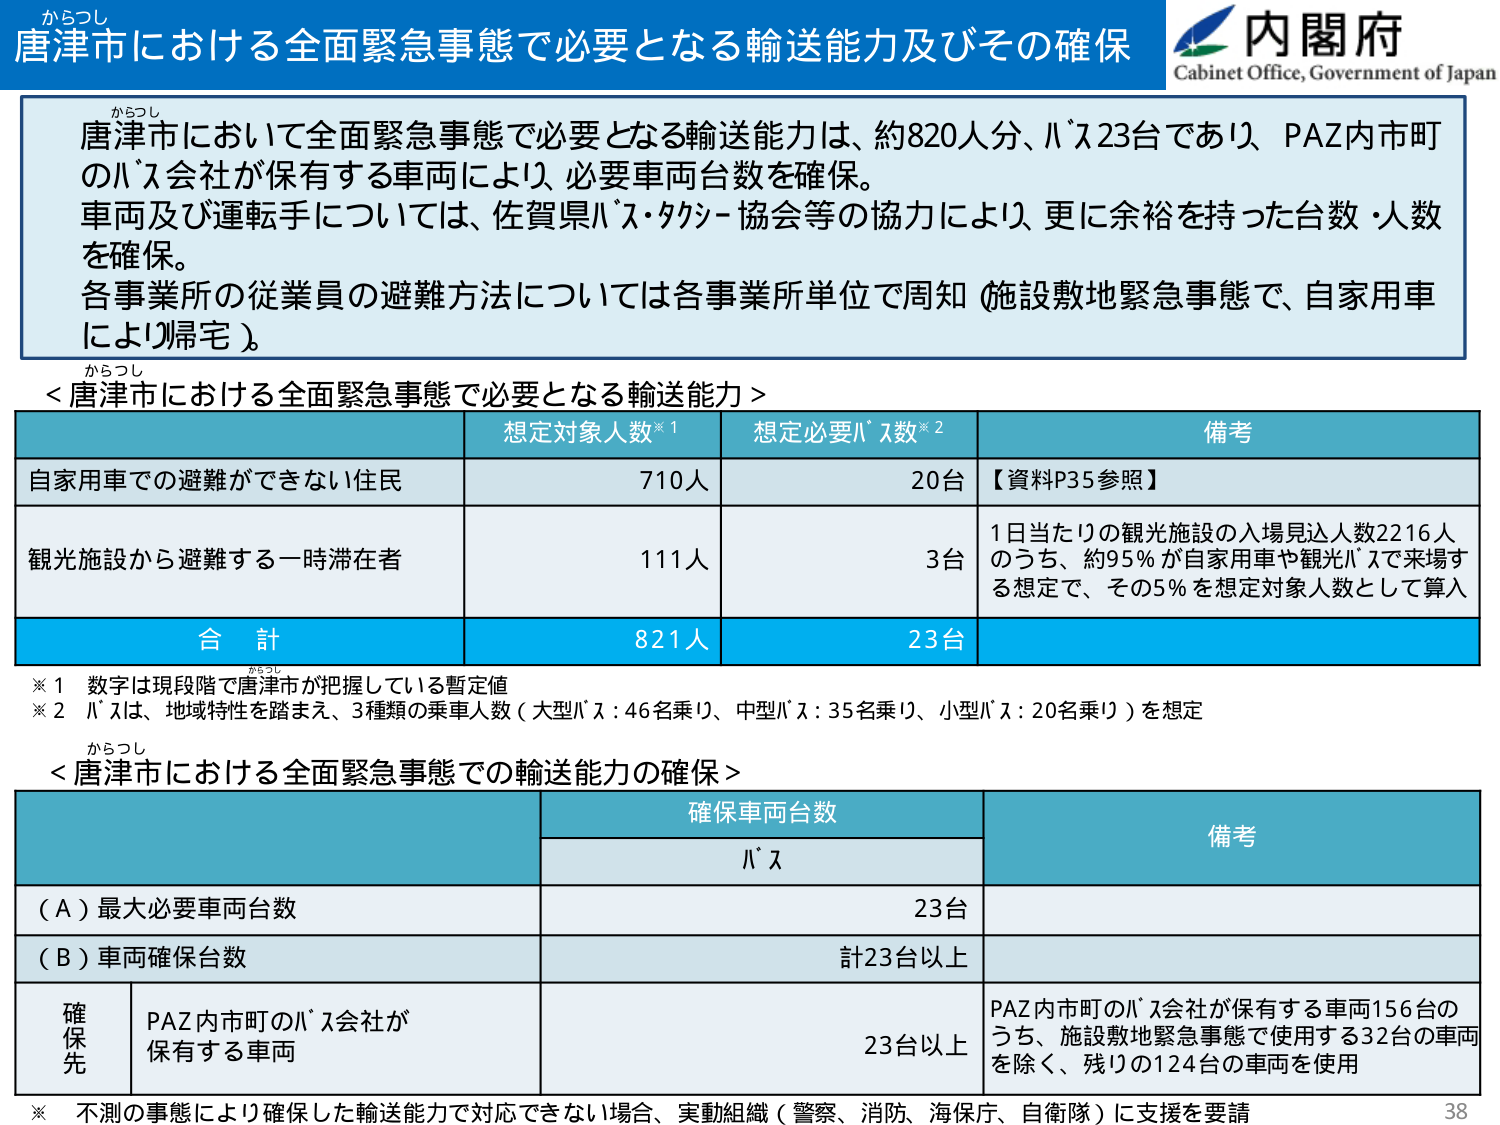
からつし
唐津市における全面緊急事態で必要となる輸送能力及びその確保
内閣府
Cabinet Office, Government of Japan

からつし
唐津市において全面緊急事態で必要となる輸送能力は、約820人分、バス23台であり、PAZ内市町のバス会社が保有する車両により、必要車両台数を確保。
車両及び運転手については、佐賀県バス・タクシー協会等の協力により、更に余裕を持った台数・人数を確保。
各事業所の従業員の避難方法については各事業所単位で周知（施設敷地緊急事態で、自家用車により帰宅）。

からつし
＜唐津市における全面緊急事態で必要となる輸送能力＞

想定対象人数※1　　想定必要バス数※2　　備考
自家用車での避難ができない住民　　　710人　　　　20台　　　　【資料P35参照】
観光施設から避難する一時滞在者　　　111人　　　　3台　　　　1日当たりの観光施設の入場見込人数2216人のうち、約95％が自家用車や観光バスで来場する想定で、その5％を想定対象人数として算入
合計　　　　　　　　　　　　　　　　821人　　　　23台

※1　数字は現段階で唐津市が把握している暫定値
※2　バスは、地域特性を踏まえ、3種類の乗車人数（大型バス：46名乗り、中型バス：35名乗り、小型バス：20名乗り）を想定

からつし
＜唐津市における全面緊急事態での輸送能力の確保＞

確保車両台数　　　　　　　　　　　　　備考
　　　　　　　バス
（A）最大必要車両台数　　　　　　　　　23台
（B）車両確保台数　　　　　　　　　　計23台以上
確保先　PAZ内市町のバス会社が保有する車両　　　23台以上　　PAZ内市町のバス会社が保有する車両156台のうち、施設敷地緊急事態で使用する32台の車両を除く、残りの124台の車両を使用

※　不測の事態により確保した輸送能力で対応できない場合、実動組織（警察、消防、海保庁、自衛隊）に支援を要請

38